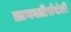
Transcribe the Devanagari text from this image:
लागवडीसंबंधी